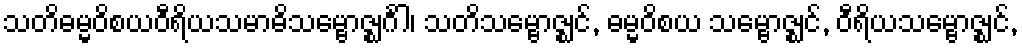
သတိဓမ္မဝိစယဝီရိယသမာဓိသမ္ဗောဇ္ဈင်္ဂါ၊ သတိသမ္ဗောဇ္ဈင်, ဓမ္မဝိစယ သမ္ဗောဇ္ဈင်, ဝီရိယသမ္ဗောဇ္ဈင်,